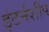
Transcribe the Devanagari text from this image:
इंटर्नशीप